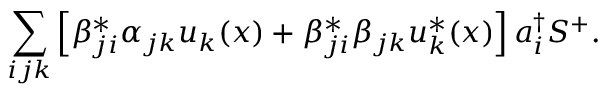
\sum _ { i j k } \left[ \beta _ { j i } ^ { * } \alpha _ { j k } u _ { k } ( x ) + \beta _ { j i } ^ { * } \beta _ { j k } u _ { k } ^ { * } ( x ) \right] a _ { i } ^ { \dag } S ^ { + } .